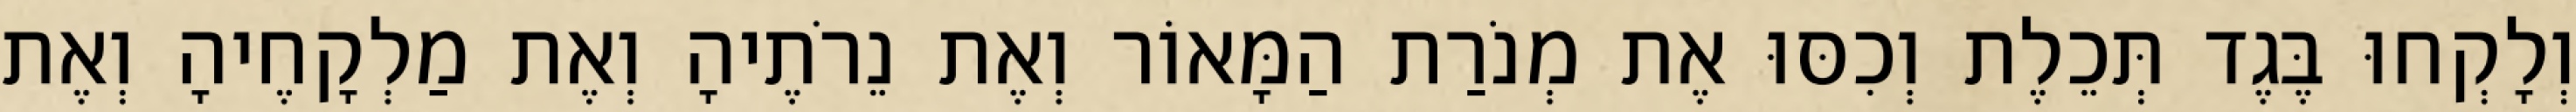
וְלָקְחוּ בֶּגֶד תְּכֵלֶת וְכִסּוּ אֶת מְנֹרַת הַמָּאוֹר וְאֶת נֵרֹתֶיהָ וְאֶת מַלְקָחֶיהָ וְאֶת